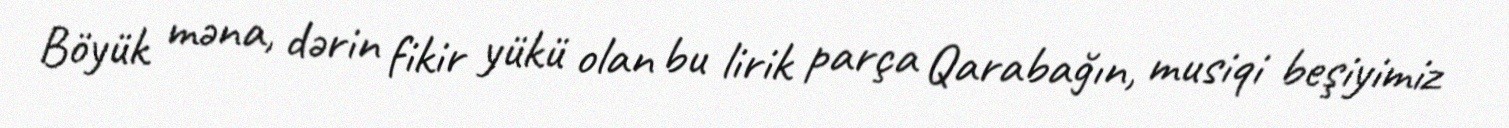
Böyük məna, dərin fikir yükü olan bu lirik parça Qarabağın, musiqi beşiyimiz